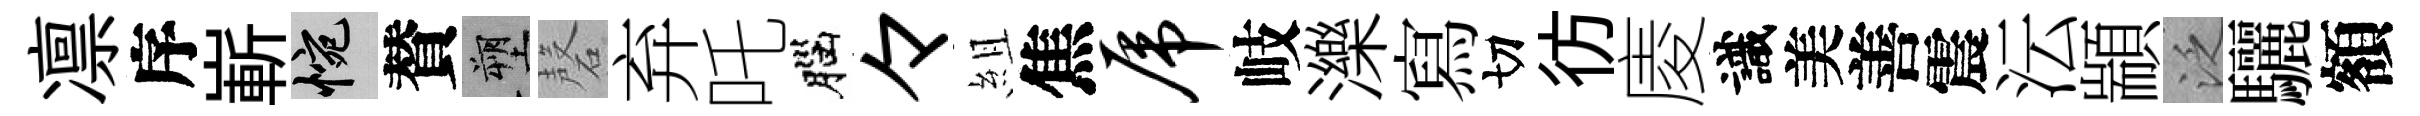
凛序嶄惋賛塑磬弃吒腦々組焦虎岐濼寫切彷庱識美善震沄顓泛驪額